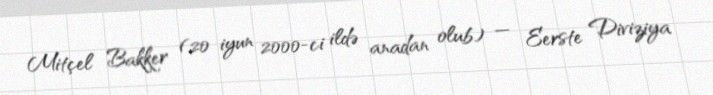
Mitçel Bakker (20 iyun 2000-ci ildə anadan olub) — Eerste Diviziya